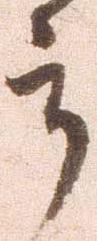
郎